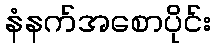
နံနက်အစောပိုင်း